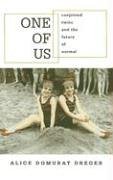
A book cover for One of Us: Conjoined Twins and the Future of Normal; Alice Domurat Dreger; Parenting & Relationships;